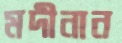
মদীনান